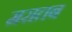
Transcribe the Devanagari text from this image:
मरातब